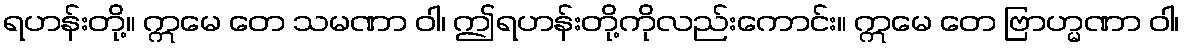
ရဟန်းတို့။ ဣမေ တေ သမဏာ ဝါ၊ ဤရဟန်းတို့ကိုလည်းကောင်း။ ဣမေ တေ ဗြာဟ္မဏာ ဝါ၊